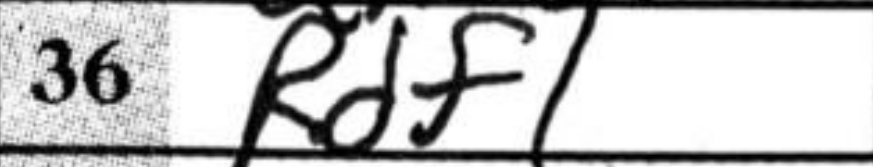
Transcription: Rdf1